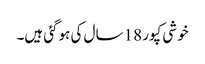
خوشی کپور 18 سال کی ہوگئی ہیں۔